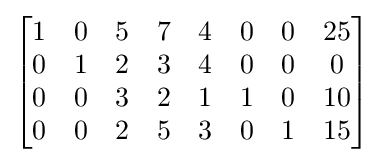
{\begin{bmatrix}1&0&5&7&4&0&0&25\\0&1&2&3&4&0&0&0\\0&0&3&2&1&1&0&10\\0&0&2&5&3&0&1&15\end{bmatrix}}